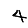
Digit: 4